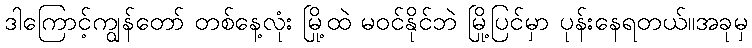
ဒါကြောင့်ကျွန်တော် တစ်နေ့လုံး မြို့ထဲ မဝင်နိုင်ဘဲ မြို့ပြင်မှာ ပုန်းနေရတယ်။အခုမှ